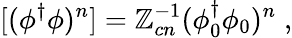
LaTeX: [(\phi^{\dagger}\phi)^{n}]=\mathbb{Z}_{cn}^{-1}(\phi_{0}^{\dagger}\phi_{0})^{n}\; ,